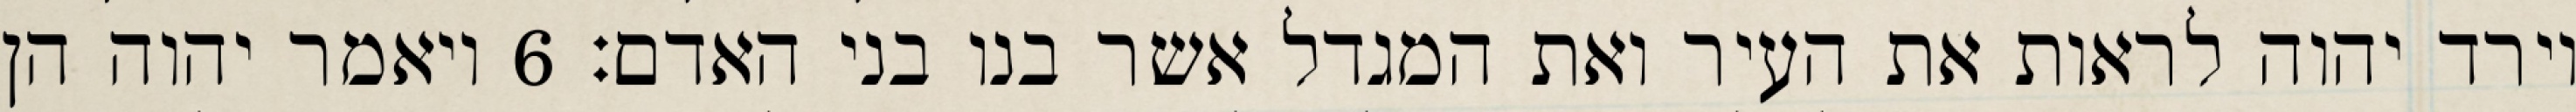
וירד יהוה לראות את העיר ואת המגדל אשר בנו בני האדם׃ ‎6‏ ויאמר יהוה הן